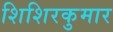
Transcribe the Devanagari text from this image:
शिशिरकुमार